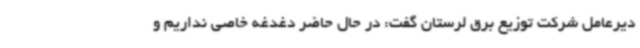
دیرعامل شرکت توزیع برق لرستان گفت: در حال حاضر دغدغه خاصی نداریم و